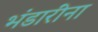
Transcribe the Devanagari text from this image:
भंडारींना